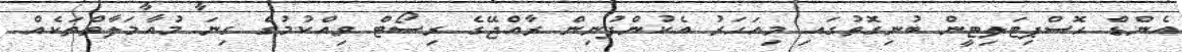
އެންޑް ހޮސްޕިޓަލިޓީން ބުނިގޮތުގައި މިއަހަަރު އެކުންފުނިން ރާއްޖޭގެ ރިސޯޓް ވިއްކުމުގެ ގިނަ މުއާމަލާތްތަކެއް